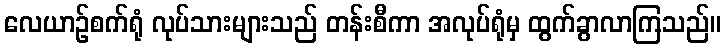
လေယာဉ်စက်ရုံ လုပ်သားများသည် တန်းစီကာ အလုပ်ရုံမှ ထွက်ခွာလာကြသည်။